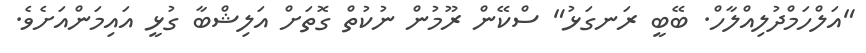
"އަލްހަމްދުލިއްލާހް. ބޭބީ ރަނގަޅު" ސްކޭން ރޫމުން ނުކުތް ގޮތަށް އަލިޝްބާ ގުޅީ އައިމަންއަށެވެ.